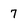
Character: 7